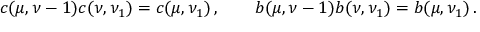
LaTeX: c ( \mu , \nu - 1 ) c ( \nu , \nu _ { 1 } ) = c ( \mu , \nu _ { 1 } ) \, , \qquad b ( \mu , \nu - 1 ) b ( \nu , \nu _ { 1 } ) = b ( \mu , \nu _ { 1 } ) \, .